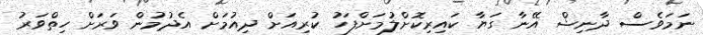
ނަމަވެސް ދާނިޝް އޭނާ ގަޔާ ކައިރިކޮށްލުމަށްފަހު ކުރިއަށް ދިއުމަށް އެދުމުން ވަރަށް ހިތްވަރު